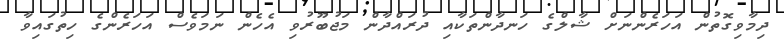
ދިމާވިގޮތުން އަހަރެންނަށް ޝާލްގެ ހަނދާންތަކާއި ދުރައްދާން މަޖުބޫރުވި އެހެން ނަމަވެސް އަހަރެންގެ ހިތުގައިވާ